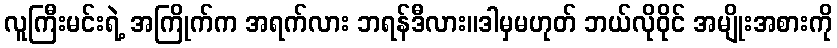
လူကြီးမင်းရဲ့ အကြိုက်က အရက်လား ဘရန်ဒီလား။ဒါမှမဟုတ် ဘယ်လိုဝိုင် အမျိုးအစားကို